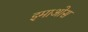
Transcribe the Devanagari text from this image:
इमाओस